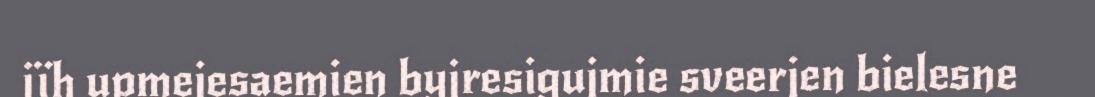
jïh upmejesaemien byjresigujmie sveerjen bielesne